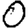
Digit: 0